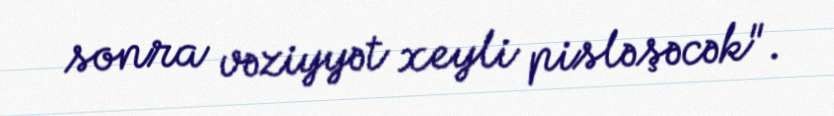
sonra vəziyyət xeyli pisləşəcək".